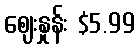
စျေးနှုန်း $5.99